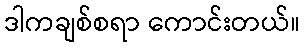
ဒါကချစ်စရာ ကောင်းတယ်။